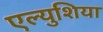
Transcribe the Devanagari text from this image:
एल्युशिया